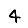
Digit: 4